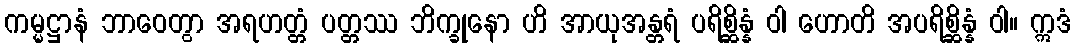
ကမ္မဋ္ဌာနံ ဘာဝေတွာ အရဟတ္တံ ပတ္တဿ ဘိက္ခုနော ဟိ အာယုအန္တရံ ပရိစ္ဆိန္နံ ဝါ ဟောတိ အပရိစ္ဆိန္နံ ဝါ။ ဣဒံ